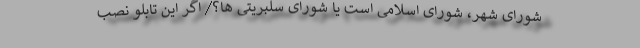
شورای شهر، شورای اسلامی است یا شورای سلبریتی ها؟/ اگر این تابلو نصب